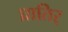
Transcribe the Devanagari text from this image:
घ्रातिर्